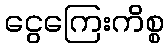
ငွေကြေးကိစ္စ